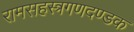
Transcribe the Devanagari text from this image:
रामसहस्त्रगणदण्डक